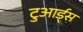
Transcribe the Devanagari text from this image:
टुआर्ड्स